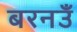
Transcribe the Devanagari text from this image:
बरनउँ